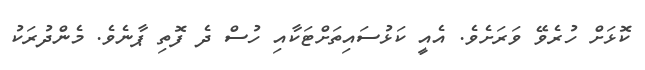
ކޮޅަށް ހުރެވޭ ވަރަށެވެ. އެއީ ކަޅުސައިތަށްޓަކާއި ހުސް ދެ ފޮތި ޕާނެވެ. މެންދުރަކު